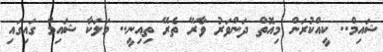
ޝައިމް.. ކީއްކުރަން މިއޮތް ދަންވަރު ވާރޭ ތެރޭ ތިއިނީ.. މަލަކާ ޝައިމް ގައިގައި